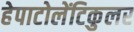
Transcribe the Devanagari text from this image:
हेपाटोलेंटिकुलर